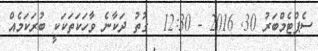
ސެޕްޓެމްބަރު 30